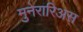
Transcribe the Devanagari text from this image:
मुनेरारिअस